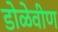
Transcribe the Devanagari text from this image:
डोळेवीण